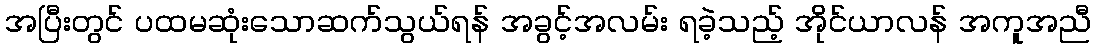
အပြီးတွင် ပထမဆုံးသောဆက်သွယ်ရန် အခွင့်အလမ်း ရခဲ့သည့် အိုင်ယာလန် အကူအညီ